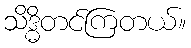
သိဒ္ဓိတင်ကြတယ်။